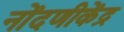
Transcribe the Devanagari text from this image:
नोंदणीकेंद्र